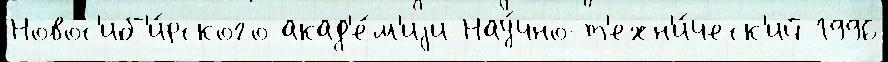
Новос'иб'и́рского акад'е́м'иjи Нау́чно-т'ехн'и́ческ'ий 1996